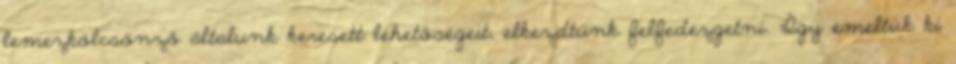
lemezkölcsönző általunk keresett lehetőségeit, elkezdtünk felfedezgetni. Így emeltük ki